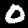
Digit: 0